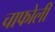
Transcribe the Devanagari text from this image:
चाफोली